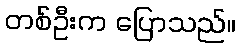
တစ်ဦးက ပြောသည်။